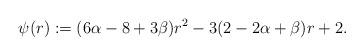
LaTeX: \begin{align*}\psi(r):=(6\alpha-8+3\beta)r^2-3(2-2\alpha+\beta)r+2.\end{align*}